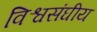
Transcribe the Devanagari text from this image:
विश्वसंघीय